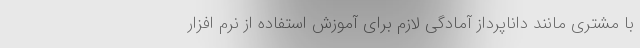
با مشتری مانند داناپرداز آمادگی لازم برای آموزش استفاده از نرم افزار